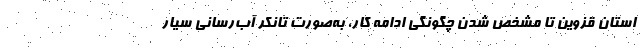
استان قزوین تا مشخص شدن چگونگی ادامه کار، به‌صورت تانکر آب‌رسانی سیار